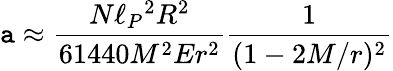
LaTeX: \mathtt{a}\approx{\frac{{N\ell_{P}{}^{2}R^{2}}}{{61440M^{2}Er^{2}}}}{\frac{{1}}{{(1-2M/r)^{2}}}}